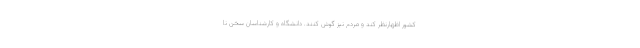
کشور اظهارنظر کند و مردم نیز گوش کنند. دانشگاه و کارشناسان سخن نا